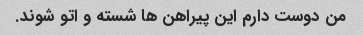
من دوست دارم این پیراهن ها شسته و اتو شوند.